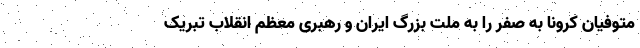
متوفیان کرونا به صفر را به ملت بزرگ ایران و رهبری معظم انقلاب تبریک